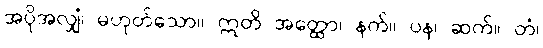
အပိုအလျှံ၊ မဟုတ်သော။ ဣတိ အတ္ထော၊ နက်။ ပန၊ ဆက်။ တံ၊